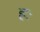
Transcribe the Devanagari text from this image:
हः